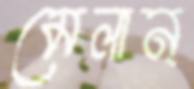
মেলান্